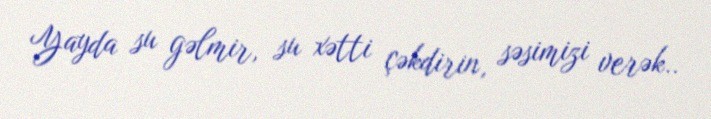
Yayda su gəlmir, su xətti çəkdirin, səsimizi verək..